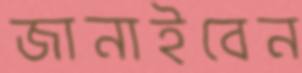
জানাইবেন